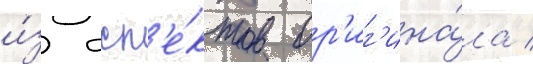
и́з асп'е́ктов ор'иг'ина́ла /